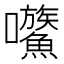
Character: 𡆍